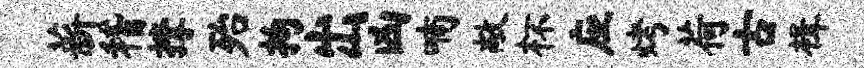
薪稽撑殆拘出凶喃敞杯应烤荷古楫